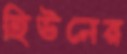
হিউনের